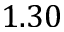
1 . 3 0